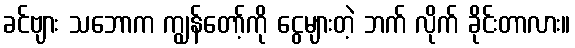
ခင်ဗျား သဘောက ကျွန်တော့်ကို ငွေများတဲ့ ဘက် လိုက် ခိုင်းတာလား။